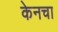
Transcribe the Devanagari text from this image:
केनचा